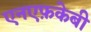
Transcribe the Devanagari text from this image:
एनएफ़केबी